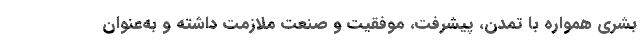
بشری همواره با تمدن، پیشرفت، موفقیت و صنعت ملازمت داشته و به‌عنوان